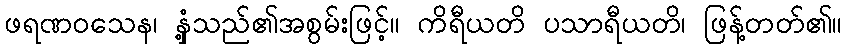
ဖရဏဝသေန၊ နှံ့သည်၏အစွမ်းဖြင့်။ ကိရီယတိ ပသာရီယတိ၊ ဖြန့်တတ်၏။